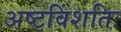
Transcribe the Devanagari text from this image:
अष्टविंशतिः